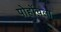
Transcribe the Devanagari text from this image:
पोहोंचला